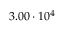
3 . 0 0 \cdot 1 0 ^ { 4 }